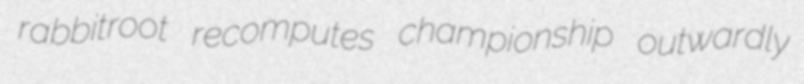
rabbitroot recomputes championship outwardly